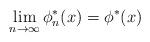
LaTeX: \begin{align*} \lim_{n \to \infty} \phi_n^* (x) = \phi^* (x) \end{align*}